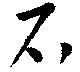
石